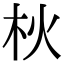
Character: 𣏹